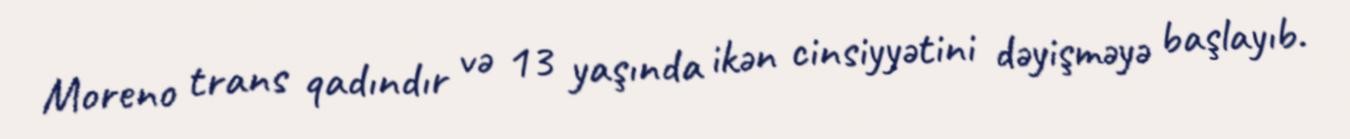
Moreno trans qadındır və 13 yaşında ikən cinsiyyətini dəyişməyə başlayıb.